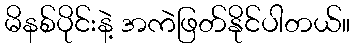
မိနစ်ပိုင်းနဲ့ အကဲဖြတ်နိုင်ပါတယ်။